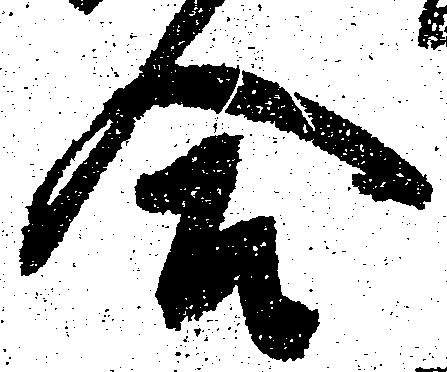
合